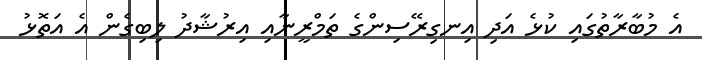
އެ މުބާރާތުގައި ކުޅެ އަދި އިނގިރޭސިންގެ ތަމްރީނާއި އިރުޝާދު ލިބިގެން އެ އަތޮޅު